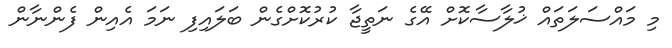
މި މައްސަލަތައް ޚުލާސާކޮށް އޭގެ ނަތީޖާ ކުރުކޮށްގެން ބަލައިފި ނަމަ އެއިން ފެންނާން